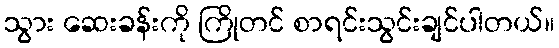
သွား ဆေးခန်းကို ကြိုတင် စာရင်းသွင်းချင်ပါတယ်။